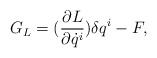
\begin{align*}G_L = (\frac{\partial L}{\partial \dot q^i}) \delta q^i - F,\end{align*}